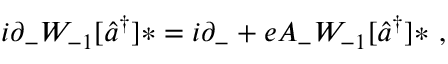
i \partial _ { - } { \cal W } _ { - 1 } [ \widehat { a } ^ { \dag } ] \ast = i \partial _ { - } + e A _ { - } { \cal W } _ { - 1 } [ \widehat { a } ^ { \dag } ] \ast \ ,